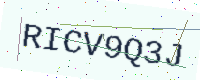
Text: RICV9Q3J